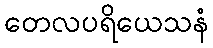
တေလပရိယေသနံ